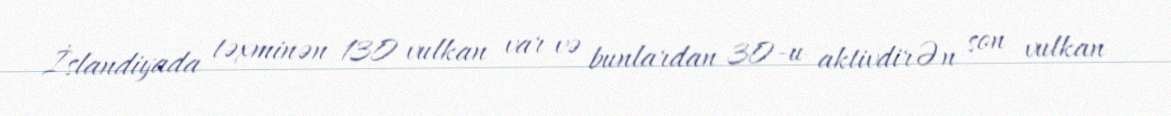
İslandiyada təxminən 130 vulkan var və bunlardan 30-u aktivdirƏn son vulkan